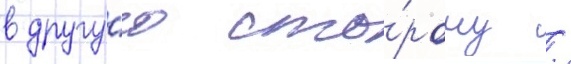
в другу́ю сто́рону /